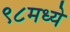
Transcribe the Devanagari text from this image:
९८मध्ये